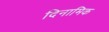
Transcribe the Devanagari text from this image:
दिनामिक